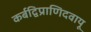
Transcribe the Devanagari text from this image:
कर्बद्विप्राणिदवायू